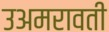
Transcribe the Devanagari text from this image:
उअमरावती